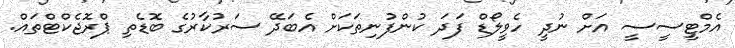
އެމްޓީސީސީ އަށް ނުދީ ހެވީލޯޑް ފަދަ ކުންފުނިތަކަށް އެބަދޭ ސަރުކާރުގެ ބޮޑެތި ޕްރޮޖެކްޓްތައް.